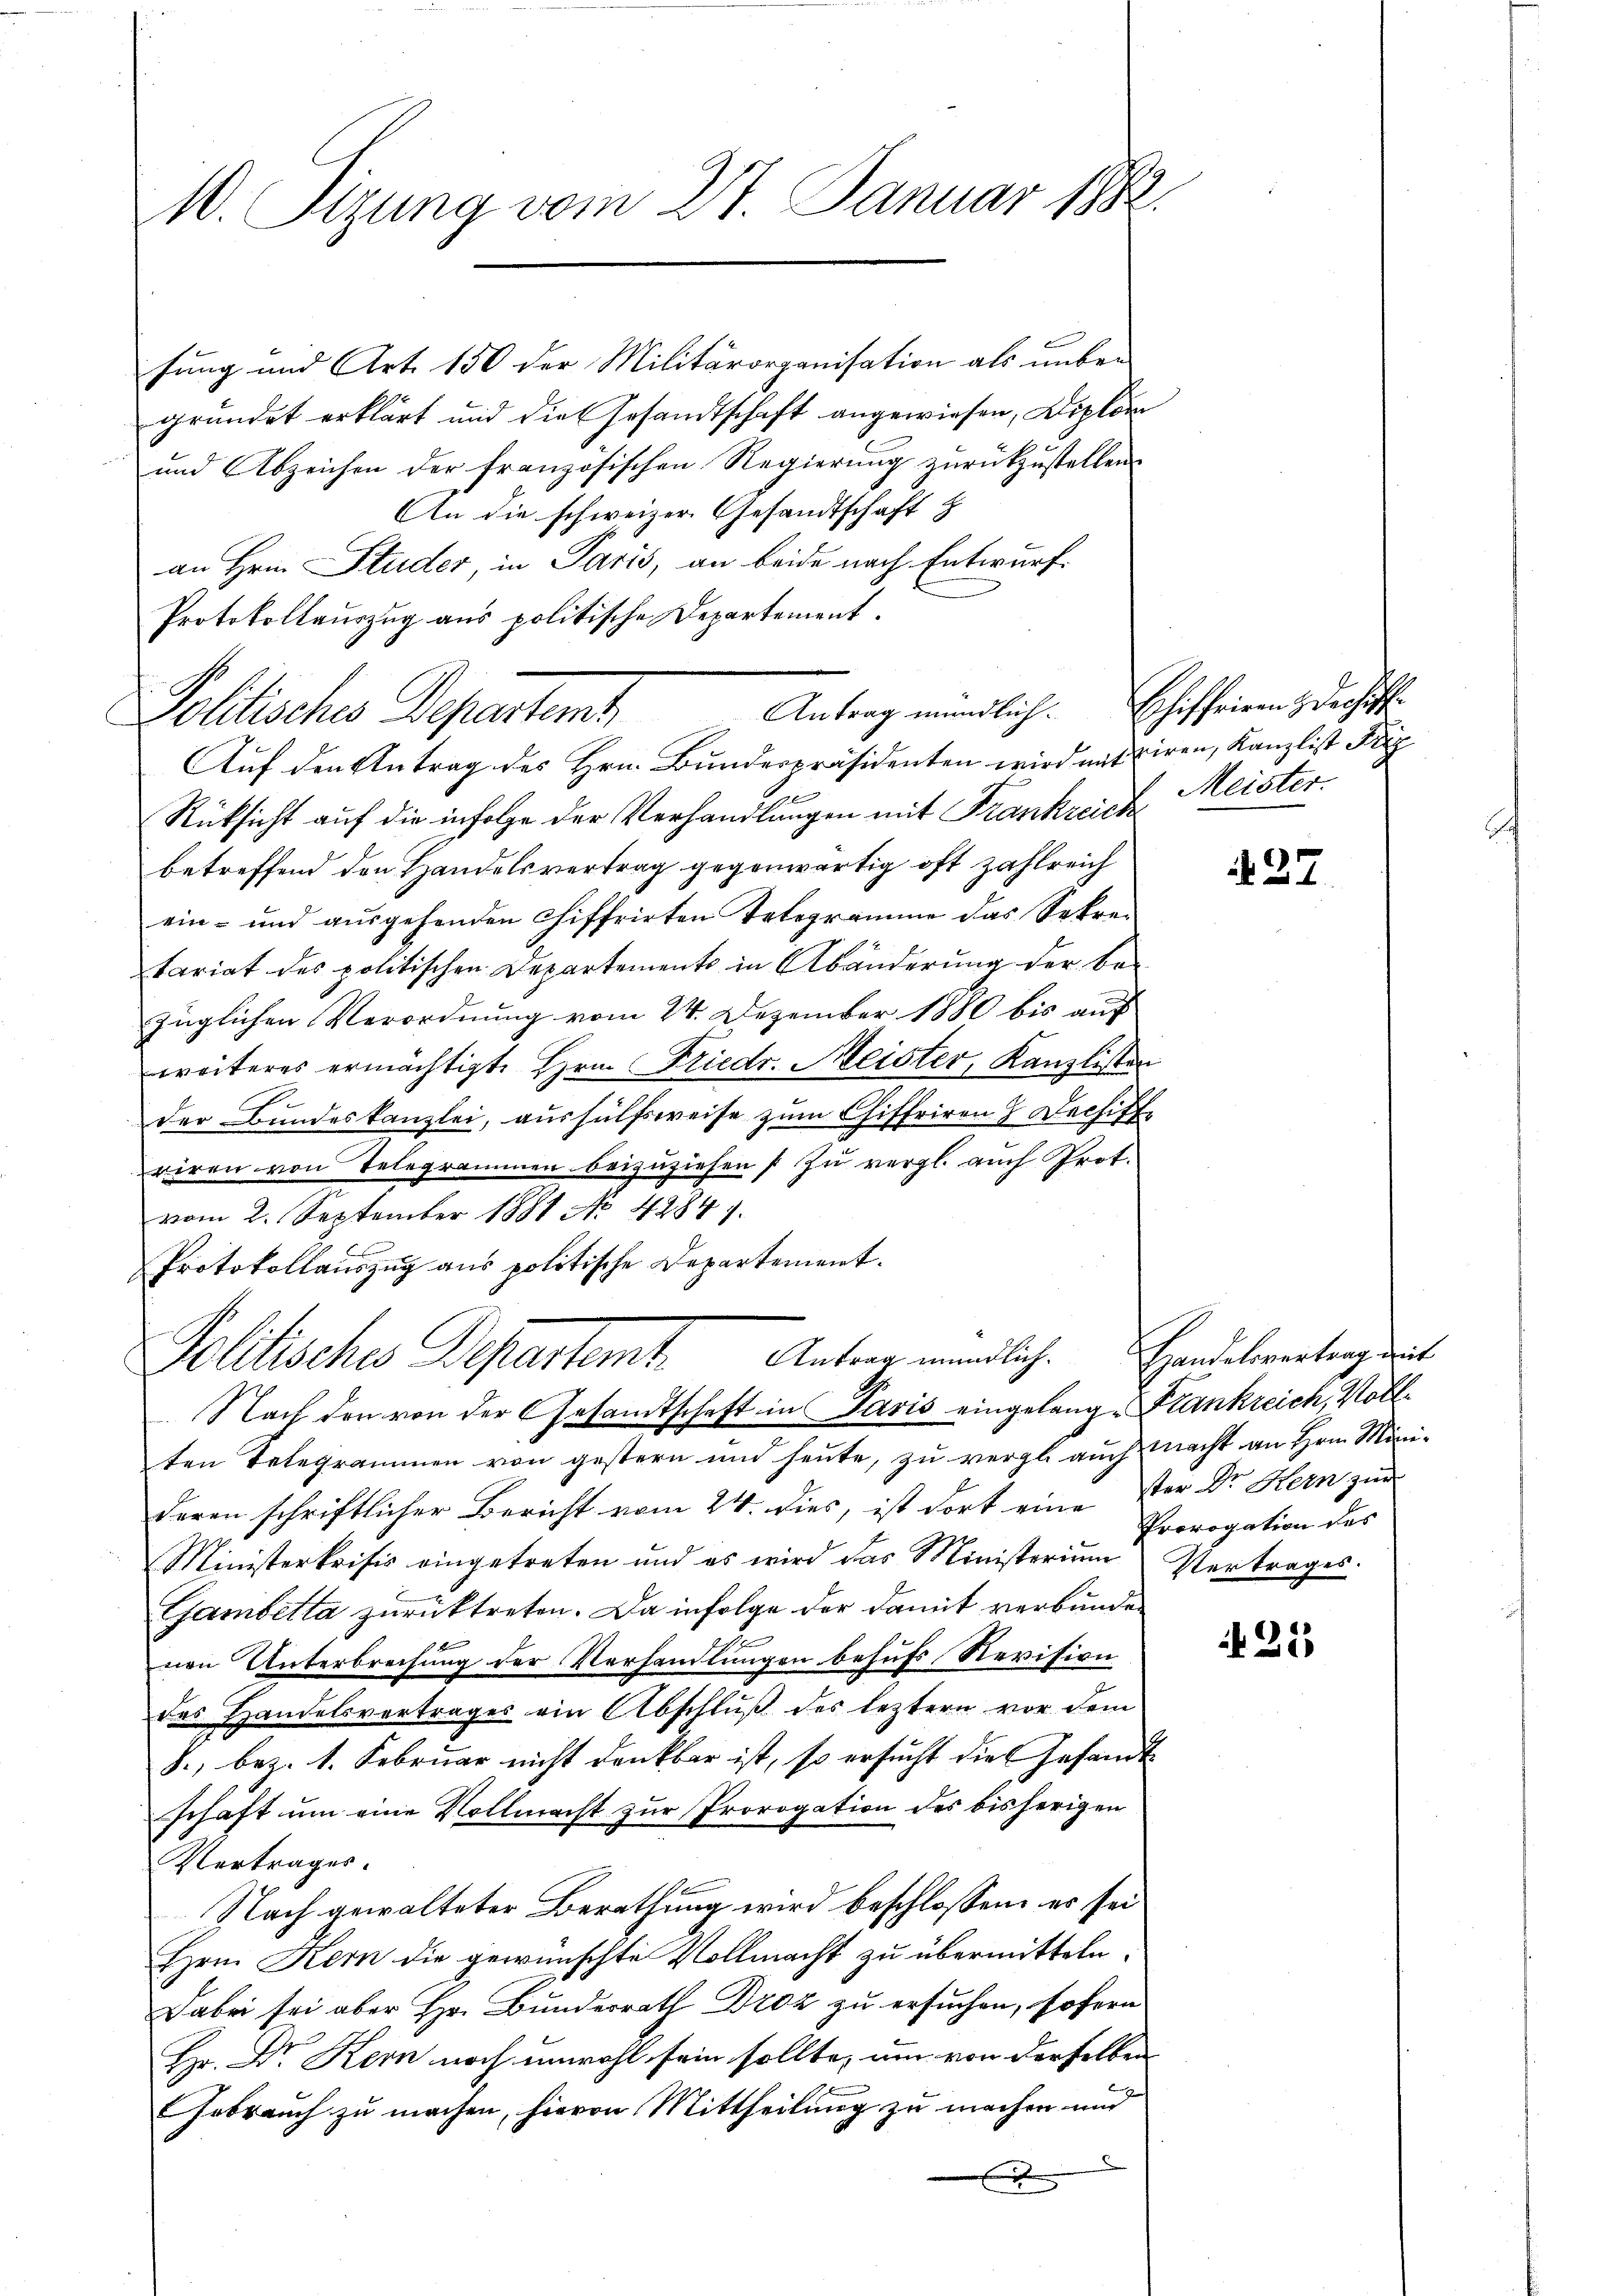
10. Sizung vom 27. Januar 1882.

fung und Art. 150 der Militärorganisation als unbe-
gründet erklärt und die Gesandtschaft angewiesen, Diplom
und Abzeichen der französischen Regierung zurückzustellen.
An die schweizer Gesandtschaft z
an Hrn. Studer, in Paris, an beide nach Entwurf.
Protokollauszug aus politische Departement.
Auf den Antrag des Hrn. Bunderpräsidenten wird mit diren, Kanzlist Friz
Rücksicht auf die infolge der Verhandlungen mit Frankreich
betreffend den Handelsvertrag gegenwärtig oft zahlreich
ein- und ausgehenden Chiffrirten Telegramme das Sekretariat des politischen Departements in Abänderung der be-
züglichen Verordnung vom 24. Dezember 1880 bis auf
weiteres ermächtigt Hrn. Friedr. Meister, Kanzlisten
der Bundeskanzlei, aushülfsweise zum Chiffriren Dechiff
viren von Telegrammen beizuziehen  zu vergl. auch Prot.
vom 2. September 1881 No 42841.
Protokollauszug aus politische Departement.
Politisches Departemt. Unter mündlich. Handelsvertrag damit
Nach den von der Gesandtschaft in Paris eingelang- Plankreich, Vollten Telegrammen von gestern und heute, zu vergl. auch macht an Hrn. Minideren schriftlicher Bericht vom 24. dies, ist dort eine ster Dr. Hern zin
Ministerkrisis eingetreten und es wird das Ministerium
Gambetta zurücktreten. Da infolge der damit verbunden
nen Unterbrechung der Verhandlungen behufs Revision
das Handelsvertrages ein Abschluß des leztern vor dem
S., bez. 1. Februar nicht denkbar ist, so ersucht die Gesandt
schaft um eine Vollmacht zur Prorogation des bisherigen
Vertrages.
Nach gewalteter Berathung wird beschlossen, es sei
Hrn. Kern die gewünschte Vollmacht zu übermitteln.
Dabei sei aber Hr. Bunderrath Droz zu ersuchen, sofern
Hr. Dr. Kern noch unwohl sein sollte, um von derselben
Gebrauch zu machen, hievon Mittheilung zu machen und
e

Pollisches Departent

Antrag mündlich. Eschiffriren & Dachiff
Meister.

27

Prorogation des
Vertrages.

25